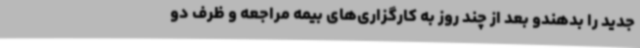
جدید را بدهندو بعد از چند روز به کارگزاری‌های بیمه مراجعه و ظرف دو